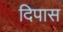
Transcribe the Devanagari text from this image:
दिपास